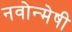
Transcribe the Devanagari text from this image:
नवोन्‍मेषी